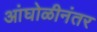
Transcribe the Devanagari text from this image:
आंघोळीनंतर